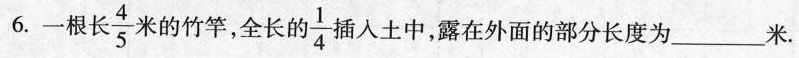
6.一根长 \frac{4}{5} 米的竹竿，全长的 \frac{1}{4} 插入土中，露在外面的部分长度为 ___米.